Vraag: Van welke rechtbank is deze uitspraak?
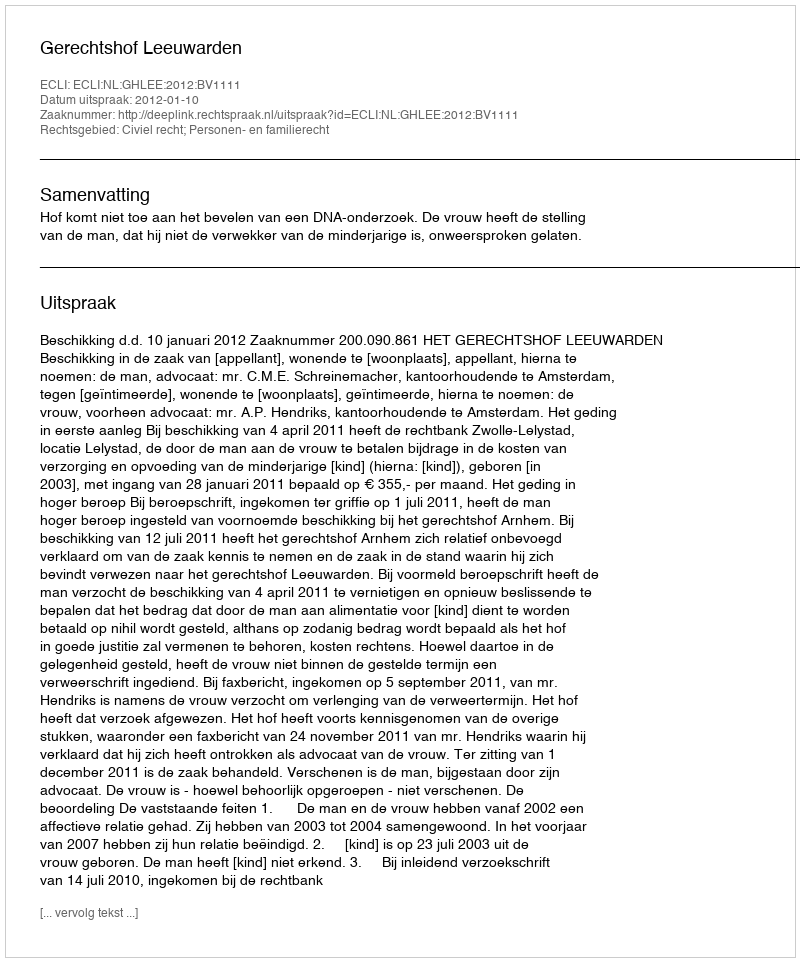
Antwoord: Gerechtshof Leeuwarden